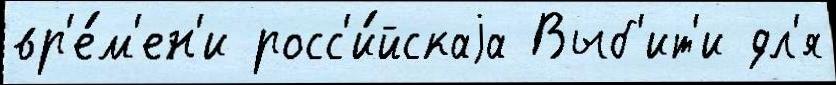
вр'е́м'ен'и росс'и́йскаjа Выб'ит'и дл'я